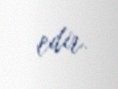
edir.